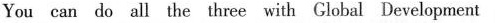
You can do all the three with Global Development